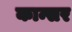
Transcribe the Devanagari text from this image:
कान्सर